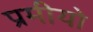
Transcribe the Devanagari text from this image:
प्रमीयो